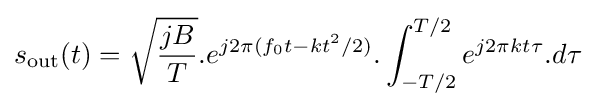
s_{\text{out}}(t)={\sqrt {\frac {jB}{T}}}.e^{j2\pi (f_{0}t-kt^{2}/2)}.\int _{-T/2}^{T/2}e^{j2\pi kt\tau }.d\tau